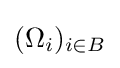
(\Omega _{i})_{i\in B}